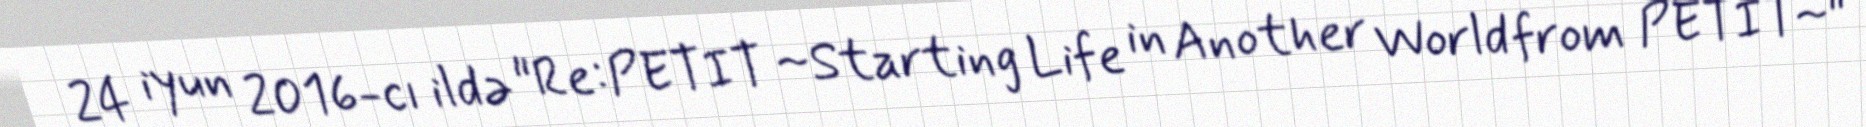
24 iyun 2016-cı ildə "Re:PETIT ~Starting Life in Another World from PETIT~"